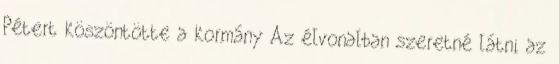
Pétert köszöntötte a kormány Az élvonalban szeretné látni az